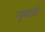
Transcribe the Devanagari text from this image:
न्यूयार्क़